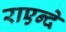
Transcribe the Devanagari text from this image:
राएन्दे